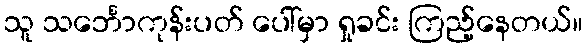
သူ သင်္ဘောကုန်းပတ် ပေါ်မှာ ရှုခင်း ကြည့်နေတယ်။